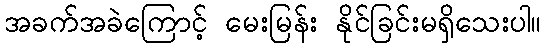
အခက်အခဲကြောင့် မေးမြန်း နိုင်ခြင်းမရှိသေးပါ။